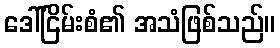
ဒေါ်ငြိမ်းစံ၏ အသံဖြစ်သည်။